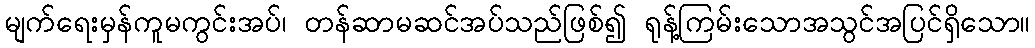
မျက်ရေးမှန်ကူမကွင်းအပ်၊ တန်ဆာမဆင်အပ်သည်ဖြစ်၍ ရုန့်ကြမ်းသောအသွင်အပြင်ရှိသော။